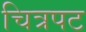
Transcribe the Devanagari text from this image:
चित्रपट